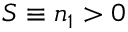
S \equiv n _ { 1 } > 0